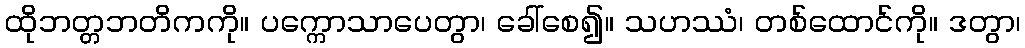
ထိုဘတ္တဘတိကကို။ ပက္ကောသာပေတွာ၊ ခေါ်စေ၍။ သဟဿံ၊ တစ်ထောင်ကို။ ဒတွာ၊